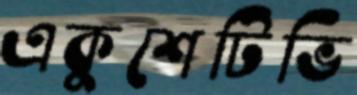
একুশেটিভি